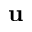
\mathbf u